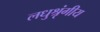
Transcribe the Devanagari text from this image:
लधुश्रृंगीय